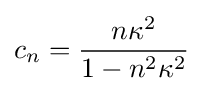
c_{n}={\frac {n\kappa ^{2}}{1-n^{2}\kappa ^{2}}}